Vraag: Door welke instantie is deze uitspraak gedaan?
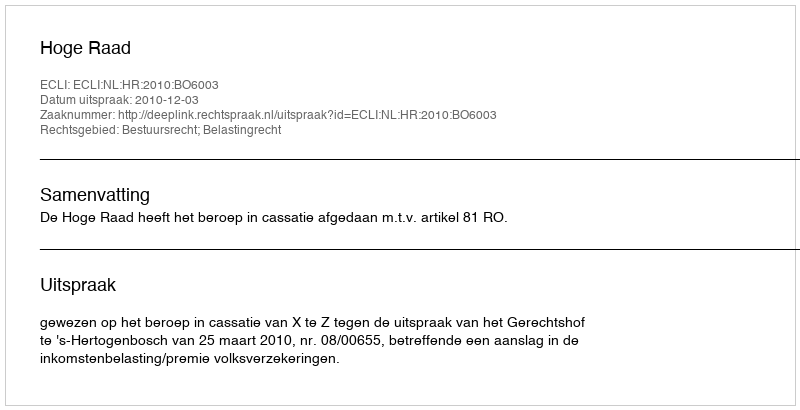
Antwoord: Hoge Raad